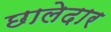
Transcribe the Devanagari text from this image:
छालेदार